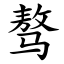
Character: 骜